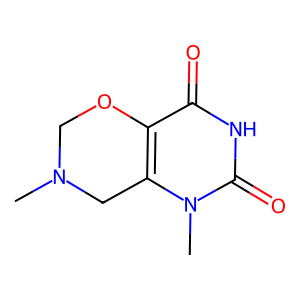
SMILES: CN1COc2c(n(C)c(=O)[nH]c2=O)C1
Inhibits HIV replication: No